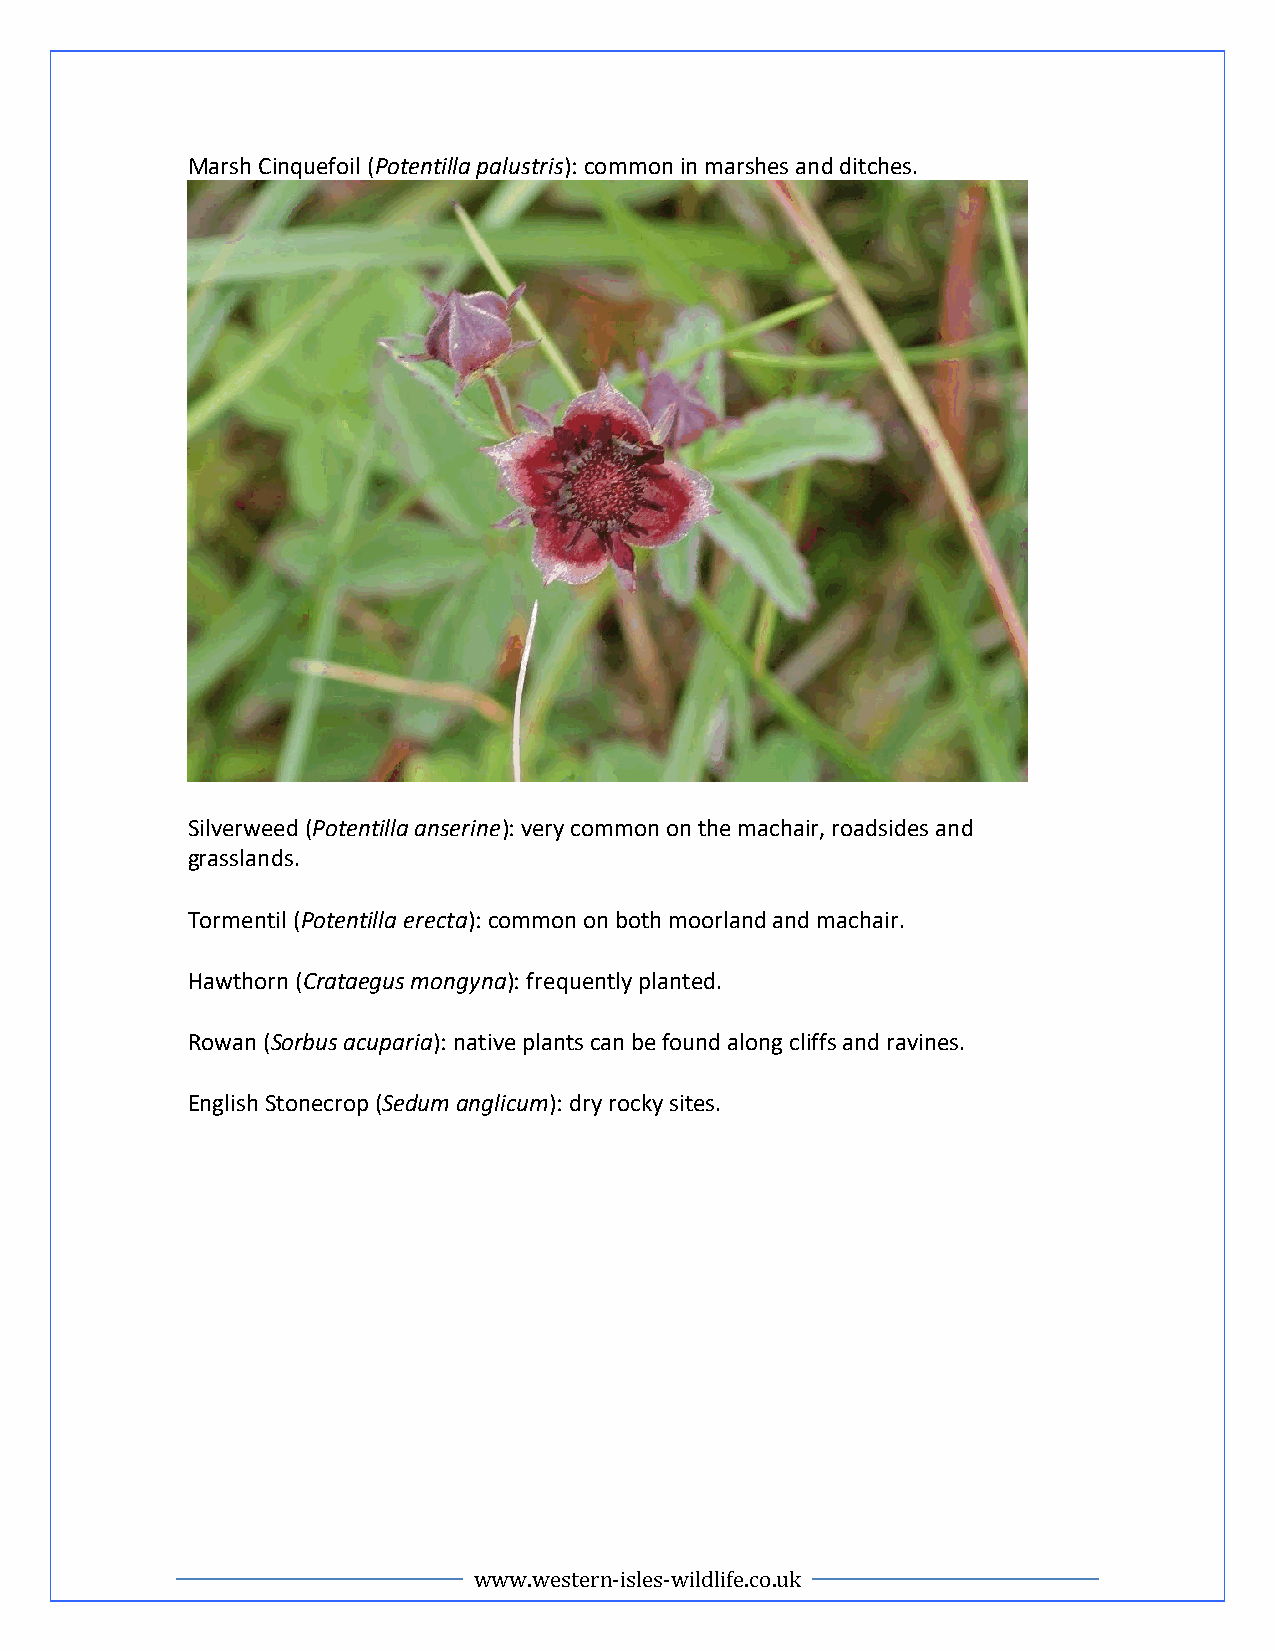
Marsh Cinquefoil (Potentilla palustris): common in marshes and ditches.
 Silverweed (Potentilla anserine): very common on the machair, roadsides and
 grasslands.
 Tormentil (Potentilla erecta): common on both moorland and machair.
 Hawthorn (Crataegus mongyna): frequently planted.
 Rowan (Sorbus acuparia): native plants can be found along cliffs and ravines.
 English Stonecrop (Sedum anglicum): dry rocky sites.
 www.western-isles-wildlife.co.uk